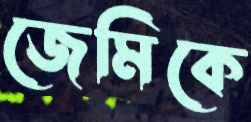
জেমিকে